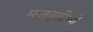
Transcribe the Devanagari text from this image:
मजबूतीची